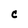
Character: C